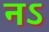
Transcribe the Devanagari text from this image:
नऽ